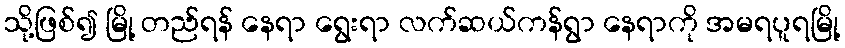
သို့ဖြစ်၍ မြို့ တည်ရန် နေရာ ရွေးရာ လက်ဆယ်ကန်ရွာ နေရာကို အမရပူရမြို့